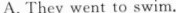
A, They went to swim.